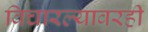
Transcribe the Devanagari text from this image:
विचारल्यावरही